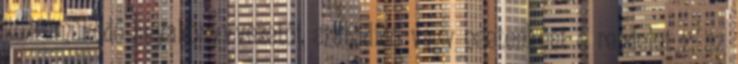
közreműködő anyakönyvvezetőt szabadidő vagy esetenként e rendelet 2. sz